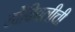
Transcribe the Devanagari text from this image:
डोंबिवलीची